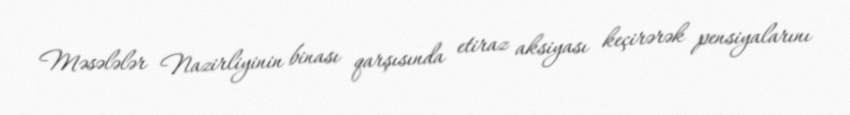
Məsələlər Nazirliyinin binası qarşısında etiraz aksiyası keçirərək pensiyalarını